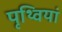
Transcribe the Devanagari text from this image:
पृथ्वियां